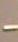
-